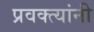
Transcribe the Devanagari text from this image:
प्रवक्त्यांनी